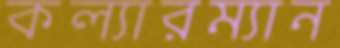
কল্যারম্যান